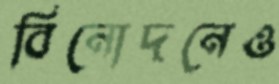
বিনোদনেও